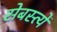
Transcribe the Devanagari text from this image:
सेबस्त्यें